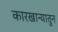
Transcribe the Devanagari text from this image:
कारखान्यातुन